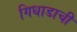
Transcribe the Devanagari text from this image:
गिधाडाची